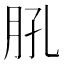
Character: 𦙥